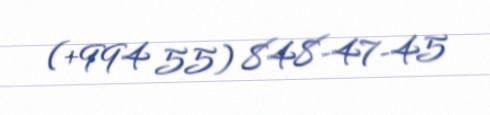
(+994 55) 848-47-45